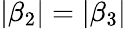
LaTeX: \left|\beta_{2}\right|=\left|\beta_{3}\right|